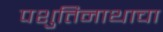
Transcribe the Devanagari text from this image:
पशुतिनाथाचा